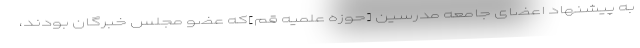
به پیشنهاد اعضای جامعه مدرسین [حوزه علمیه قم]که عضو مجلس خبرگان بودند،